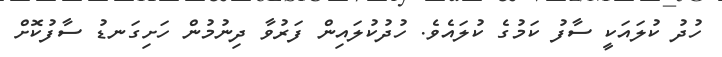
ހުދު ކުލައަކީ ސާފު ކަމުގެ ކުލައެވެ. ހުދުކުލައިން ފަރުވާ ދިނުމުން ހަށިގަނޑު ސާފުކޮށް